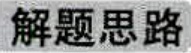
解题思路